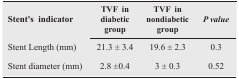
<table><thead><tr><td><b>Stent&#x27;s indicator</b></td><td><b>TVF in diabetic group</b></td><td><b>TVF in nondiabetic group</b></td><td><b><i>P</i> value</b></td></tr></thead><tbody><tr><td>Stent Length (mm)</td><td>21.3 ± 3.4</td><td>19.6 ± 2.3</td><td>0.3</td></tr><tr><td>Stent diameter (mm)</td><td>2.8 ±0.4</td><td>3 ± 0.3</td><td>0.52</td></tr></tbody></table>